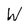
Character: W